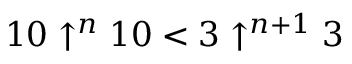
1 0 \uparrow ^ { n } 1 0 < 3 \uparrow ^ { n + 1 } 3